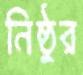
নিষ্ঠুর